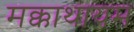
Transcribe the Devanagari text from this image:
मक्काथायम